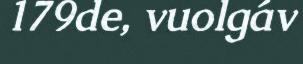
179de, vuolgáv